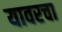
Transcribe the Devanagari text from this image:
यावरचा